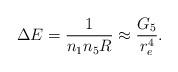
LaTeX: \begin{align*}\Delta E = \frac{1}{n_{1}n_{5}R} \approx \frac{G_{5}}{r_{e}^4}.\end{align*}